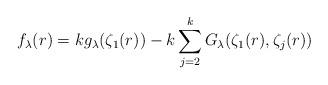
LaTeX: \begin{align*}f_\lambda(r) &= k g_\lambda(\zeta_1(r)) - k \sum_{j=2}^k G_\lambda(\zeta_1(r), \zeta_j(r))\end{align*}